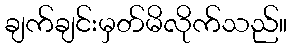
ချက်ချင်းမှတ်မိလိုက်သည်။